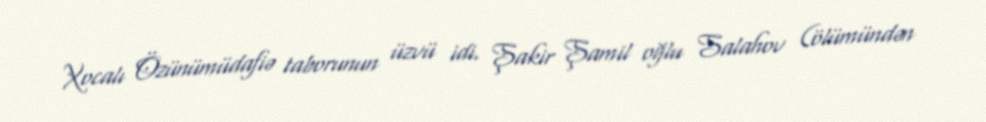
Xocalı Özünümüdafiə taborunun üzvü idi. Şakir Şamil oğlu Salahov (ölümündən